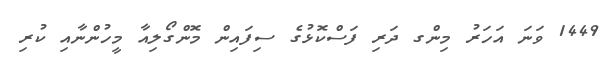
1449 ވަނަ އަހަރު މިންގ ދަރި ފަސްކޮޅުގެ ސިފައިން މޮންގޯލިއާ މީހުންނާއި ކުރި